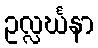
ဥလ္လင်္ဃနာ